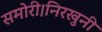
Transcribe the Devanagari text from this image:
समोरी।निरखुनी